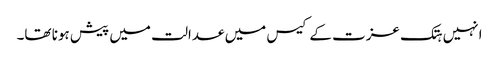
انہیں ہتک عزت کے کیس میں عدالت میں پیش ہونا تھا۔